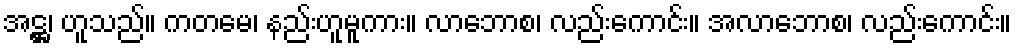
အဋ္ဌ၊ ဟူသည်။ ကတမေ၊ နည်းဟူမူကား။ လာဘောစ၊ လည်းကောင်း။ အလာဘောစ၊ လည်းကောင်း။